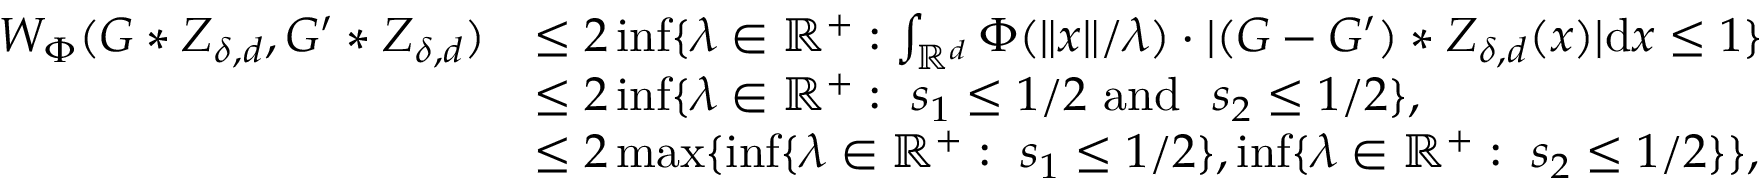
\begin{array} { r l } { W _ { \Phi } ( G \ast Z _ { \delta , d } , G ^ { \prime } \ast Z _ { \delta , d } ) } & { \leq 2 \operatorname* { i n f } \{ \lambda \in \mathbb { R } ^ { + } : \int _ { \mathbb { R } ^ { d } } \Phi ( \| x \| / \lambda ) \cdot | ( G - G ^ { \prime } ) \ast Z _ { \delta , d } ( x ) | \mathrm { d } x \leq 1 \} } \\ & { \leq 2 \operatorname* { i n f } \{ \lambda \in \mathbb { R } ^ { + } : \ s _ { 1 } \leq 1 / 2 \mathrm { ~ a n d ~ } \ s _ { 2 } \leq 1 / 2 \} , } \\ & { \leq 2 \operatorname* { m a x } \{ \operatorname* { i n f } \{ \lambda \in \mathbb { R } ^ { + } : \ s _ { 1 } \leq 1 / 2 \} , \operatorname* { i n f } \{ \lambda \in \mathbb { R } ^ { + } : \ s _ { 2 } \leq 1 / 2 \} \} , } \end{array}